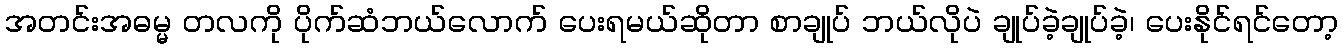
အတင်းအဓမ္မ တလကို ပိုက်ဆံဘယ်လောက် ပေးရမယ်ဆိုတာ စာချုပ် ဘယ်လိုပဲ ချုပ်ခဲ့ချုပ်ခဲ့၊ ပေးနိုင်ရင်တော့